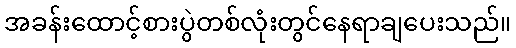
အခန်းထောင့်စားပွဲတစ်လုံးတွင်နေရာချပေးသည်။